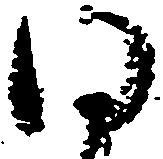
同